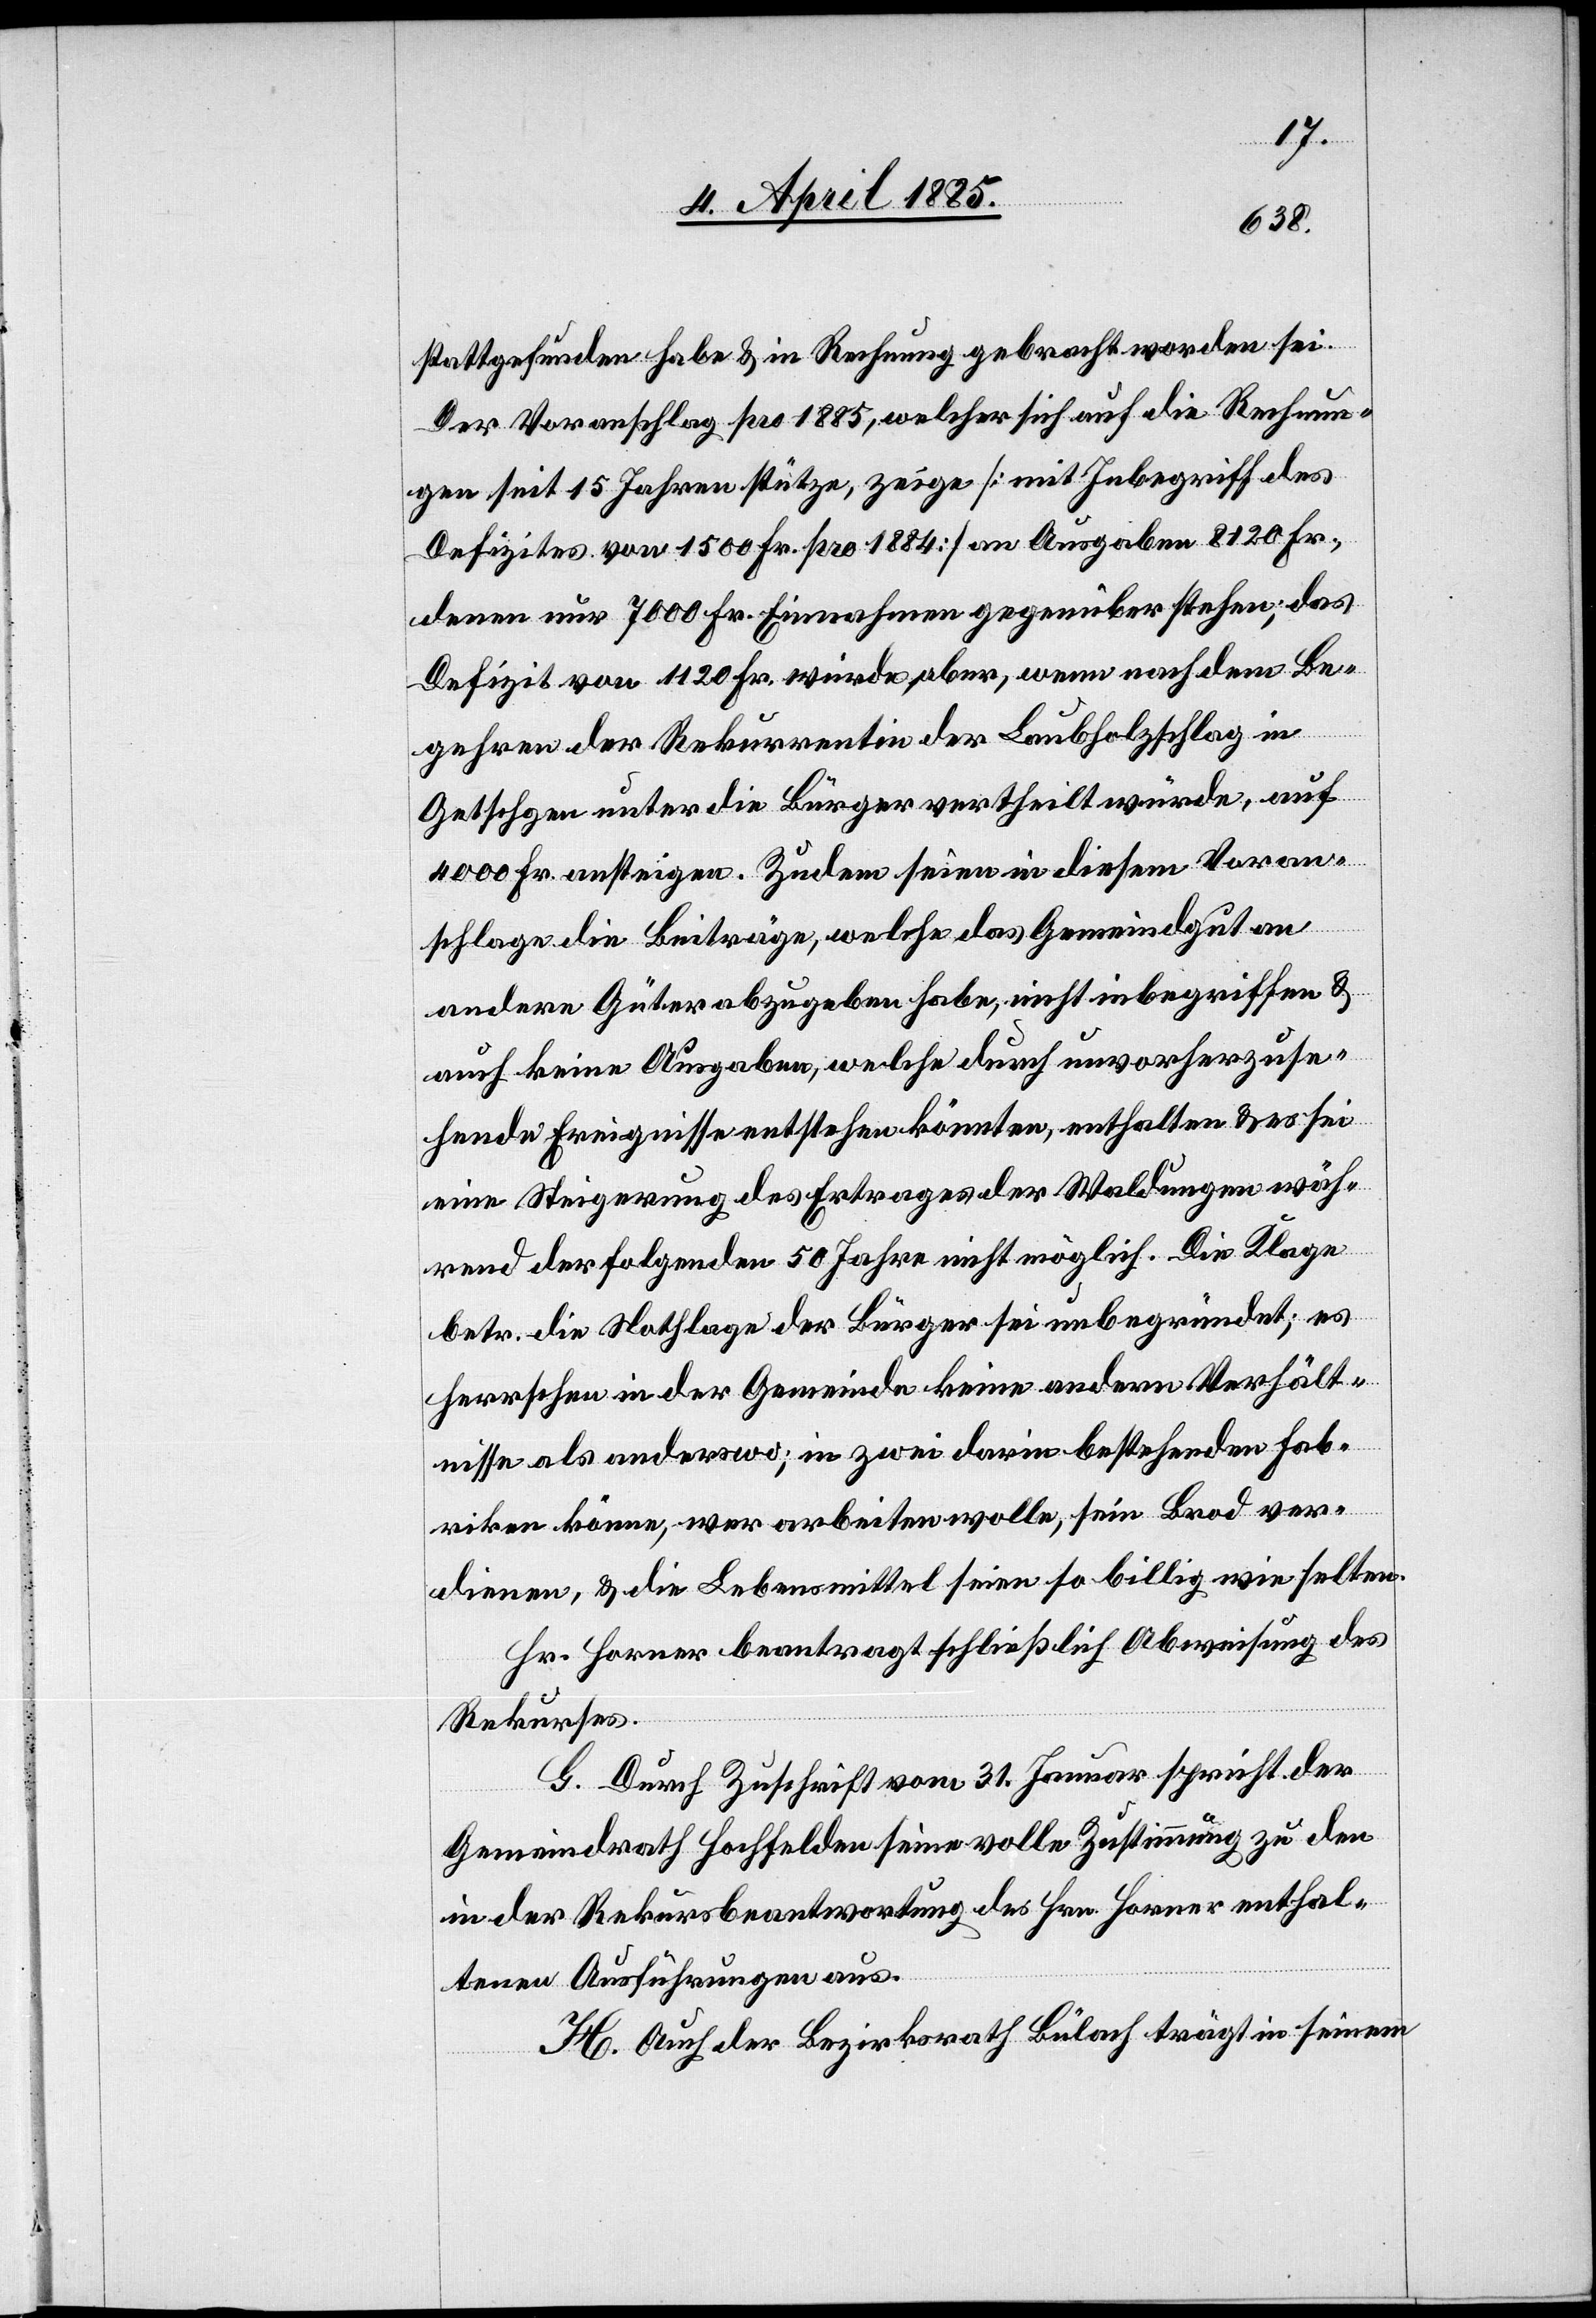
stattgefunden habe & in Rechnung gebracht worden sei.
Der Voranschlag pro 1885, welcher sich auf die Rechnun¬
gen seit 15 Jahren stütze, zeige [mit Inbegriff des
Defizites von 1500 Fr. pro 1884] an Ausgaben 8120 Fr.,
deren nur 7000 Fr. Einnahmen gegenüber stehen; das
Defizit von 1120 Fr. wurde aber, wenn nach dem Be¬
gehren der Rekurrentin der Laubholzschlag in
Getschgen [sic!] unter die Bürger vertheilt würde, auf
4000 Fr. ansteigen. Zudem seien in diesem Voran¬
schlage die Beiträge, welche das Gemeindgut an
andere Güter abzugeben habe, nicht inbegriffen &
auch keine Ausgaben, welche durch unvorherzuse¬
hende Ereignisse entstehen könnten, enthalten & es sei
eine Steigerung des Ertrages der Waldungen wäh¬
rend der folgenden 50 Jahre nicht möglich. Die Klage
betr. die Nothlage der Bürger sei unbegründet; es
herrschen in der Gemeinde keine andern Verhält¬
nisse als anderswo; in zwei darin bestehenden Fab¬
riken könne, wer arbeiten wolle, sein Brod ver¬
dienen, & die Lebensmittel seien so billig wie selten.
Hr. Horner beantragt schließlich Abweisung des
Rekurses.
G. Durch Zuschrift vom 31. Jenner spricht der
Gemeindrath Hochfelden seine volle Zustimmung zu den
in der Rekursbeantwortung des Hrn. Horner enthal¬
tenen Ausführungen aus.
H. Auch der Bezirksrath Bülach trägt in seinem